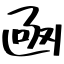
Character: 凾